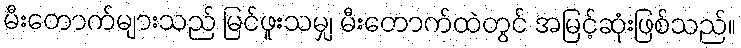
မီးတောက်များသည် မြင်ဖူးသမျှ မီးတောက်ထဲတွင် အမြင့်ဆုံးဖြစ်သည်။